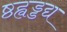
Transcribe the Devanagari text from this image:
ष्ठह्वड्डद्य